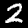
Label: 2